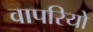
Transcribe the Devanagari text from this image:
वापरियो